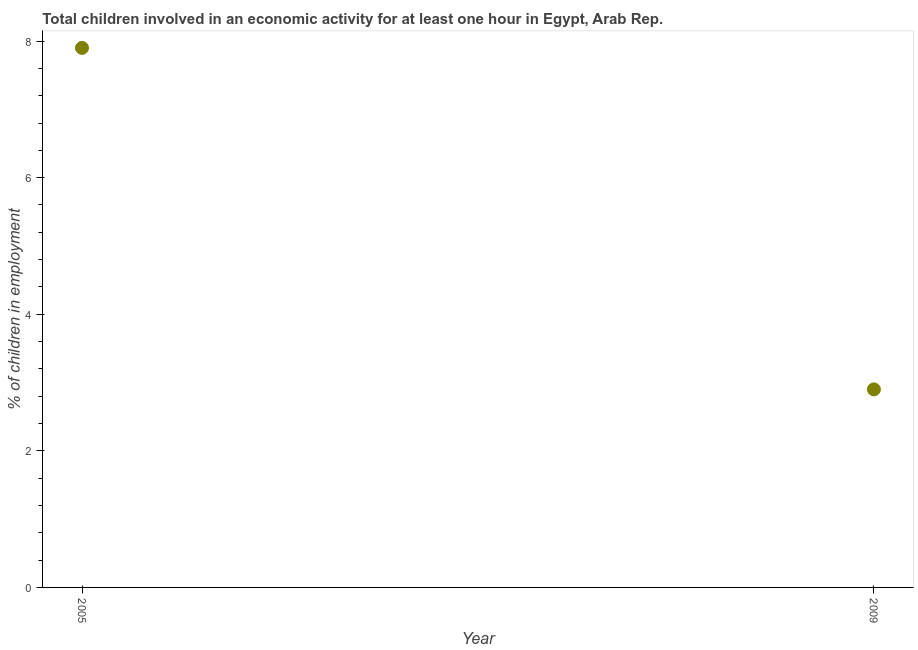
| Year | Children in employment |
 | --- | --- |
 | 2005 | 7.9 |
 | 2009 | 2.9 |